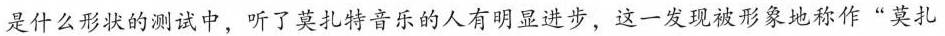
是什么形的测试中，听了某扎特音乐的人有进步、这一发现被形象地称作”莫扎